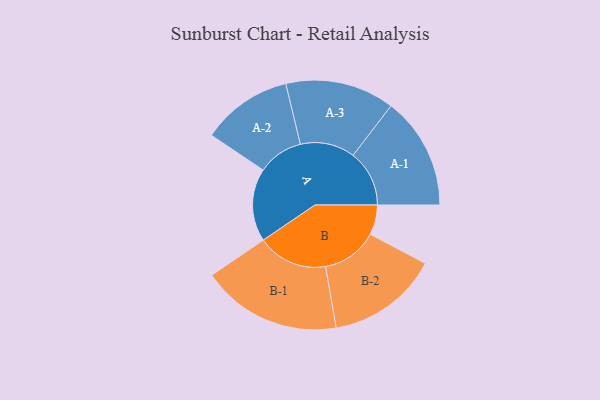
{"axis": {"x": "Segment", "y": "Value"}, "legend": ["", "A", "B"], "data": [{"x": "A", "y": 271, "type": ""}, {"x": "B", "y": 111, "type": ""}, {"x": "A-1", "y": 209, "type": "A"}, {"x": "A-2", "y": 169, "type": "A"}, {"x": "A-3", "y": 203, "type": "A"}, {"x": "B-1", "y": 261, "type": "B"}, {"x": "B-2", "y": 208, "type": "B"}]}